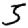
Digit: 5